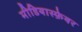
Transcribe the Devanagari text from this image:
मीडियास्फ़ेयर